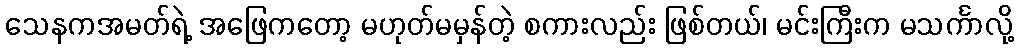
သေနကအမတ်ရဲ့ အဖြေကတော့ မဟုတ်မမှန်တဲ့ စကားလည်း ဖြစ်တယ်၊ မင်းကြီးက မသင်္ကာလို့